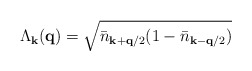
\begin{align*}\Lambda_{ {\bf{k}} }({\bf{q}}) = \sqrt{ {\bar{n}}_{ {\bf{k}} + {\bf{q}}/2 }(1 - {\bar{n}}_{ {\bf{k}} - {\bf{q}}/2 }) }\end{align*}